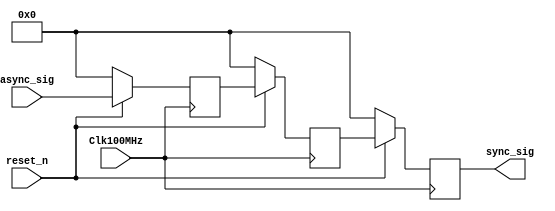
module sync2(Clk100MHz, reset_n, async_sig, sync_sig);
    input Clk100MHz, reset_n;
    input [3:0] async_sig;
    output reg [3:0] sync_sig;
    reg [3:0] D1, D2;
    always @(posedge Clk100MHz) 
        if(!reset_n) 
            D1 <= 0;
        else D1 <= async_sig;
        
    always @(posedge Clk100MHz) 
        if(!reset_n) 
            D2 <= 0;
        else D2 <= D1;
        
    always @(posedge Clk100MHz) 
        if(!reset_n) 
            sync_sig <= 0;
        else sync_sig <= D2;        
endmodule